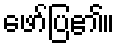
ဖော်ပြ၏။